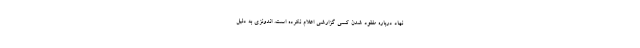
نهاد درباره مفقود شدن کسی گزارشی اعلام نکرده است. اندونزی به دلیل